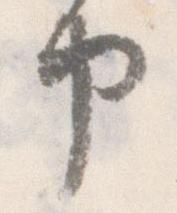
申